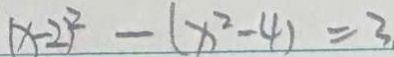
( x - 2 ) ^ { 2 } - ( x ^ { 2 } - 4 ) = 3